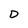
Character: D